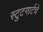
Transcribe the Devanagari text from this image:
स्टुटगार्टचे